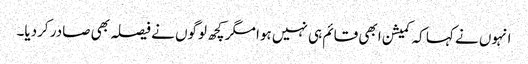
انہوں نے کہا کہ کمیشن ابھی قائم ہی نہیں ہوا مگر کچھ لوگوں نے فیصلہ بھی صادر کردیا۔